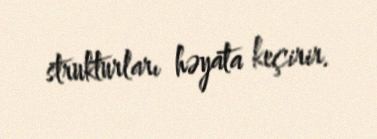
strukturları həyata keçirir.